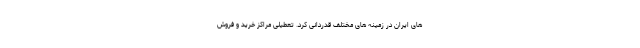
های ایران در زمینه های مختلف قدردانی کرد. تعطیلی مراکز خرید و فروش